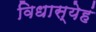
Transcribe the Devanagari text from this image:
विधास्येहं